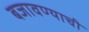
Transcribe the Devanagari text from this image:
बजावण्याची